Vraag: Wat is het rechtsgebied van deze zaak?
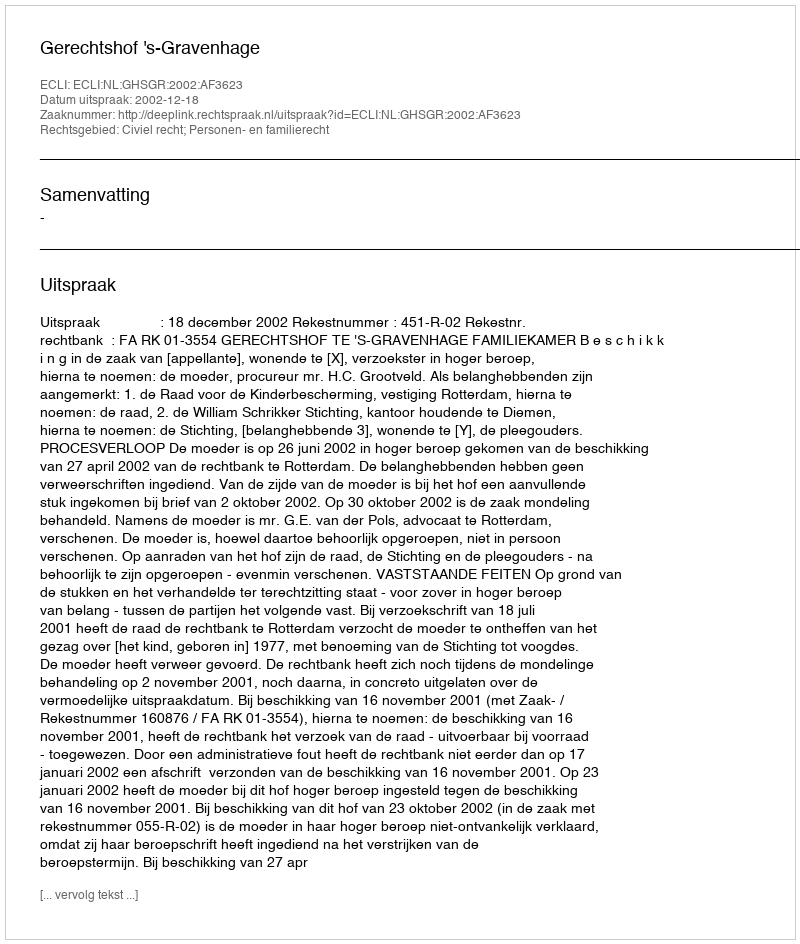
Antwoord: Civiel recht; Personen- en familierecht